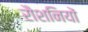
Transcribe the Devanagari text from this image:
रौशनियों